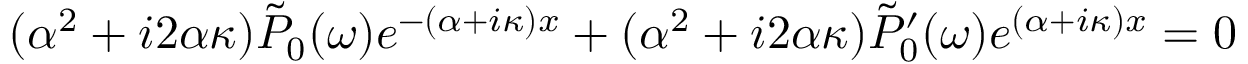
( \alpha ^ { 2 } + i 2 \alpha \kappa ) \Tilde { P } _ { 0 } ( \omega ) e ^ { - ( \alpha + i \kappa ) x } + ( \alpha ^ { 2 } + i 2 \alpha \kappa ) \Tilde { P } _ { 0 } ^ { \prime } ( \omega ) e ^ { ( \alpha + i \kappa ) x } = 0